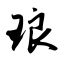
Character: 琅